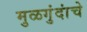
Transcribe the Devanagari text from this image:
मुळगुंदांचे